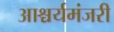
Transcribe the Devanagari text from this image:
आश्चर्यमंजरी